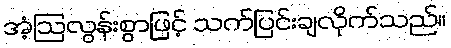
အံ့ဩလွန်းစွာဖြင့် သက်ပြင်းချလိုက်သည်။